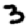
Digit: 3